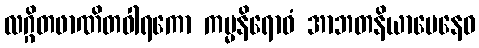
လဂ္ဂိတဖာဏိတဝါရကော ကမ္မနိရောဓံ အာဘတနိယာမေနေဝ